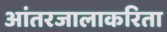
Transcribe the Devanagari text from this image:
आंतरजालाकरिता